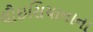
લૌઇસિયાનાના